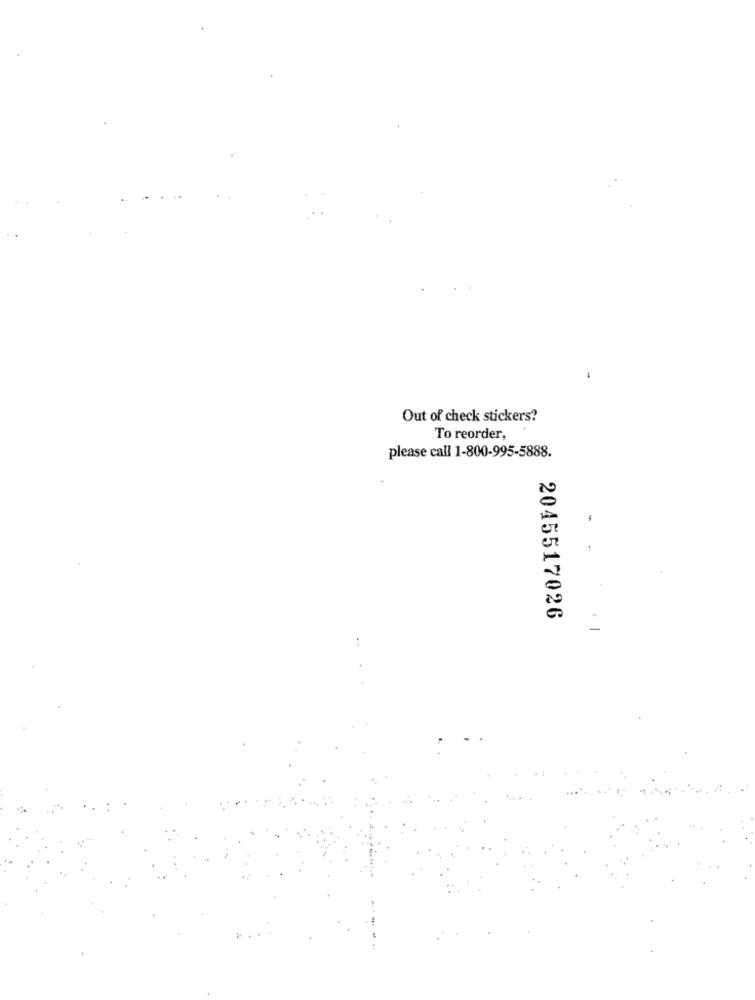
Out of check stickers?
To reorder,
please call 1-800-995-5888.
2045517026